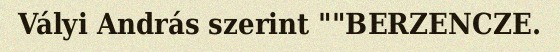
Vályi András szerint ""BERZENCZE.